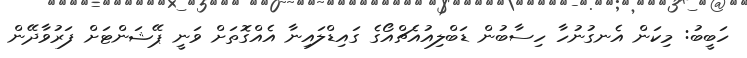
ހަބީބު: މިކަން އެނގުނުހާ ހިސާބުން ޑަބްލިއުއެޗްއޯގެ ގައިޑްލައިނާ އެެއްގޮތަށް ވަނީ ޕޭޝަންޓަށް ފަރުވާދޭން